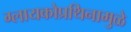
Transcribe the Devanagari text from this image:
ग्लायकोप्रथिनामुळे